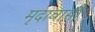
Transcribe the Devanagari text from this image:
मृदावासी